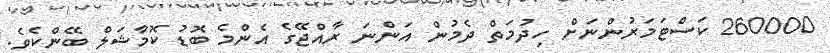
260000 ކަސްޓަމަރުންނަށް ހިދުމަތް ދެމުން އަންނަ ރާއްޖޭގެ އެންމެ ބޮޑު ކޮމާޝަލް ބޭންކެވެ.